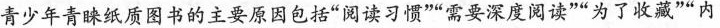
青少年青睐纸质图书的主要原因包括”阅读习惯””需要深度阅读””为了收藏””内